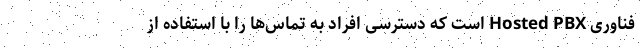
فناوری Hosted PBX است که دسترسی افراد به تماس‌ها را با استفاده از